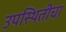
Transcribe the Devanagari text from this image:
उपस्थितीचा